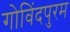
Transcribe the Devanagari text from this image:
गोविंदपुरम